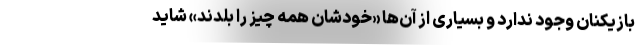
بازیکنان وجود ندارد و بسیاری از آن‌ها «خودشان همه چیز را بلدند» شاید